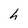
Character: h